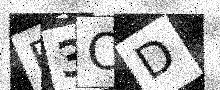
Text: E3CD